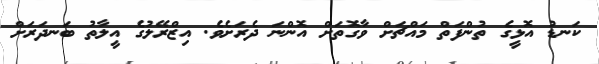
ކަނޑު އޮޅީގެ ތުންފަތް މައްޗަށް ވާގޮތަށް އޮންނަ ދެރަށެވެ. އިޒްރޭލުގެ އީލާތު ބަނދަރަށް